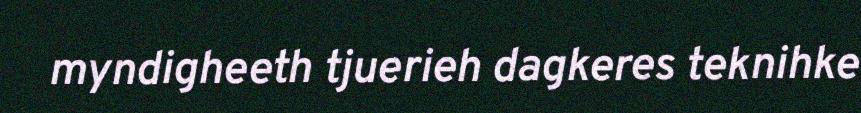
myndigheeth tjuerieh dagkeres teknihke